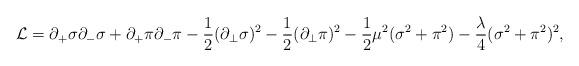
LaTeX: \begin{align*}{\cal L}=\partial_{+}\sigma\partial_{-}\sigma+\partial_{+}\pi\partial_{-}\pi-\frac{1}{2}(\partial_{\bot}\sigma)^2-\frac{1}{2}(\partial_{\bot}\pi)^2-\frac{1}{2}\mu^2(\sigma^2+\pi^2)-\frac{\lambda}{4}(\sigma^2+\pi^2)^2,\end{align*}